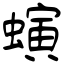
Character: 螾